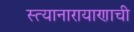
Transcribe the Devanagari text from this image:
स्त्यानारायाणाची